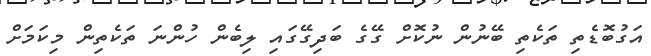
އަގުބޮޑެތި ތަކެތި ބޭނުން ނުކޮށް ގޭގެ ބަދިގޭގައި ލިބެން ހުންނަ ތަކެތިން މިކަމަށް